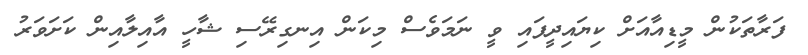
ފަރާތަކުން މީޑިއާއަށް ކިޔައިދީފައި ވީ ނަމަވެސް މިކަން އިނގިރޭސި ޝާހީ އާއިލާއިން ކަށަވަރު